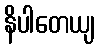
နိပါတေယျ